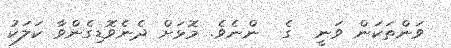
ވަންތަކަން ވަނީ  ގެ  ންނެވެ. މޮޅަށް ދެނެވޮޑިގެންވާ ކަލަކު